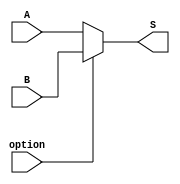
module MUX (
    input wire option,
    input wire [31:0] A,
    input wire [31:0] B,
    output wire [31:0] S
);

assign S = (option == 1'b1) ? B : A;
    
endmodule